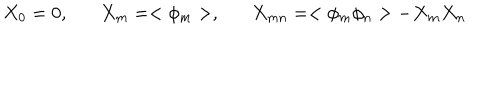
LaTeX: X _ { 0 } = 0 , X _ { m } = < \phi _ { m } > , X _ { m n } = < \phi _ { m } \phi _ { n } > - X _ { m } X _ { n }